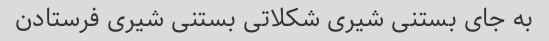
به جای بستنی شیری شکلاتی بستنی شیری فرستادن